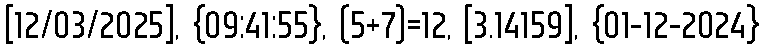
[12/03/2025], {09:41:55}, (5+7)=12, [3.14159], {01-12-2024}